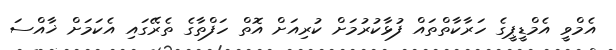
އެމްވީ އެމްޑީޕީގެ ހަރާކާތްތައް ފުޅާކުރުމަށް ކުރިއަށް އޮތް ހަފްތާގެ ތެރޭގައި އެކަމަށް ޚާއްސަ